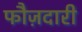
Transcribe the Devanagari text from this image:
फौज़दारी